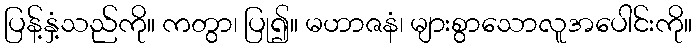
ပြန့်နှံ့သည်ကို။ ကတွာ၊ ပြု၍။ မဟာဇနံ၊ များစွာသောလူအပေါင်းကို။